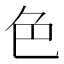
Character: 色